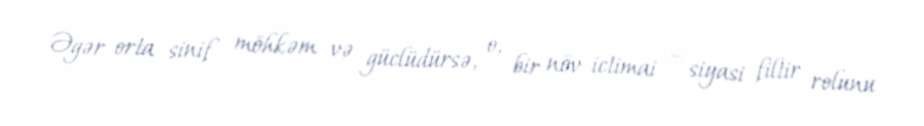
Əgər orta sinif möhkəm və güclüdürsə, o, bir növ ictimai – siyasi filtir rolunu